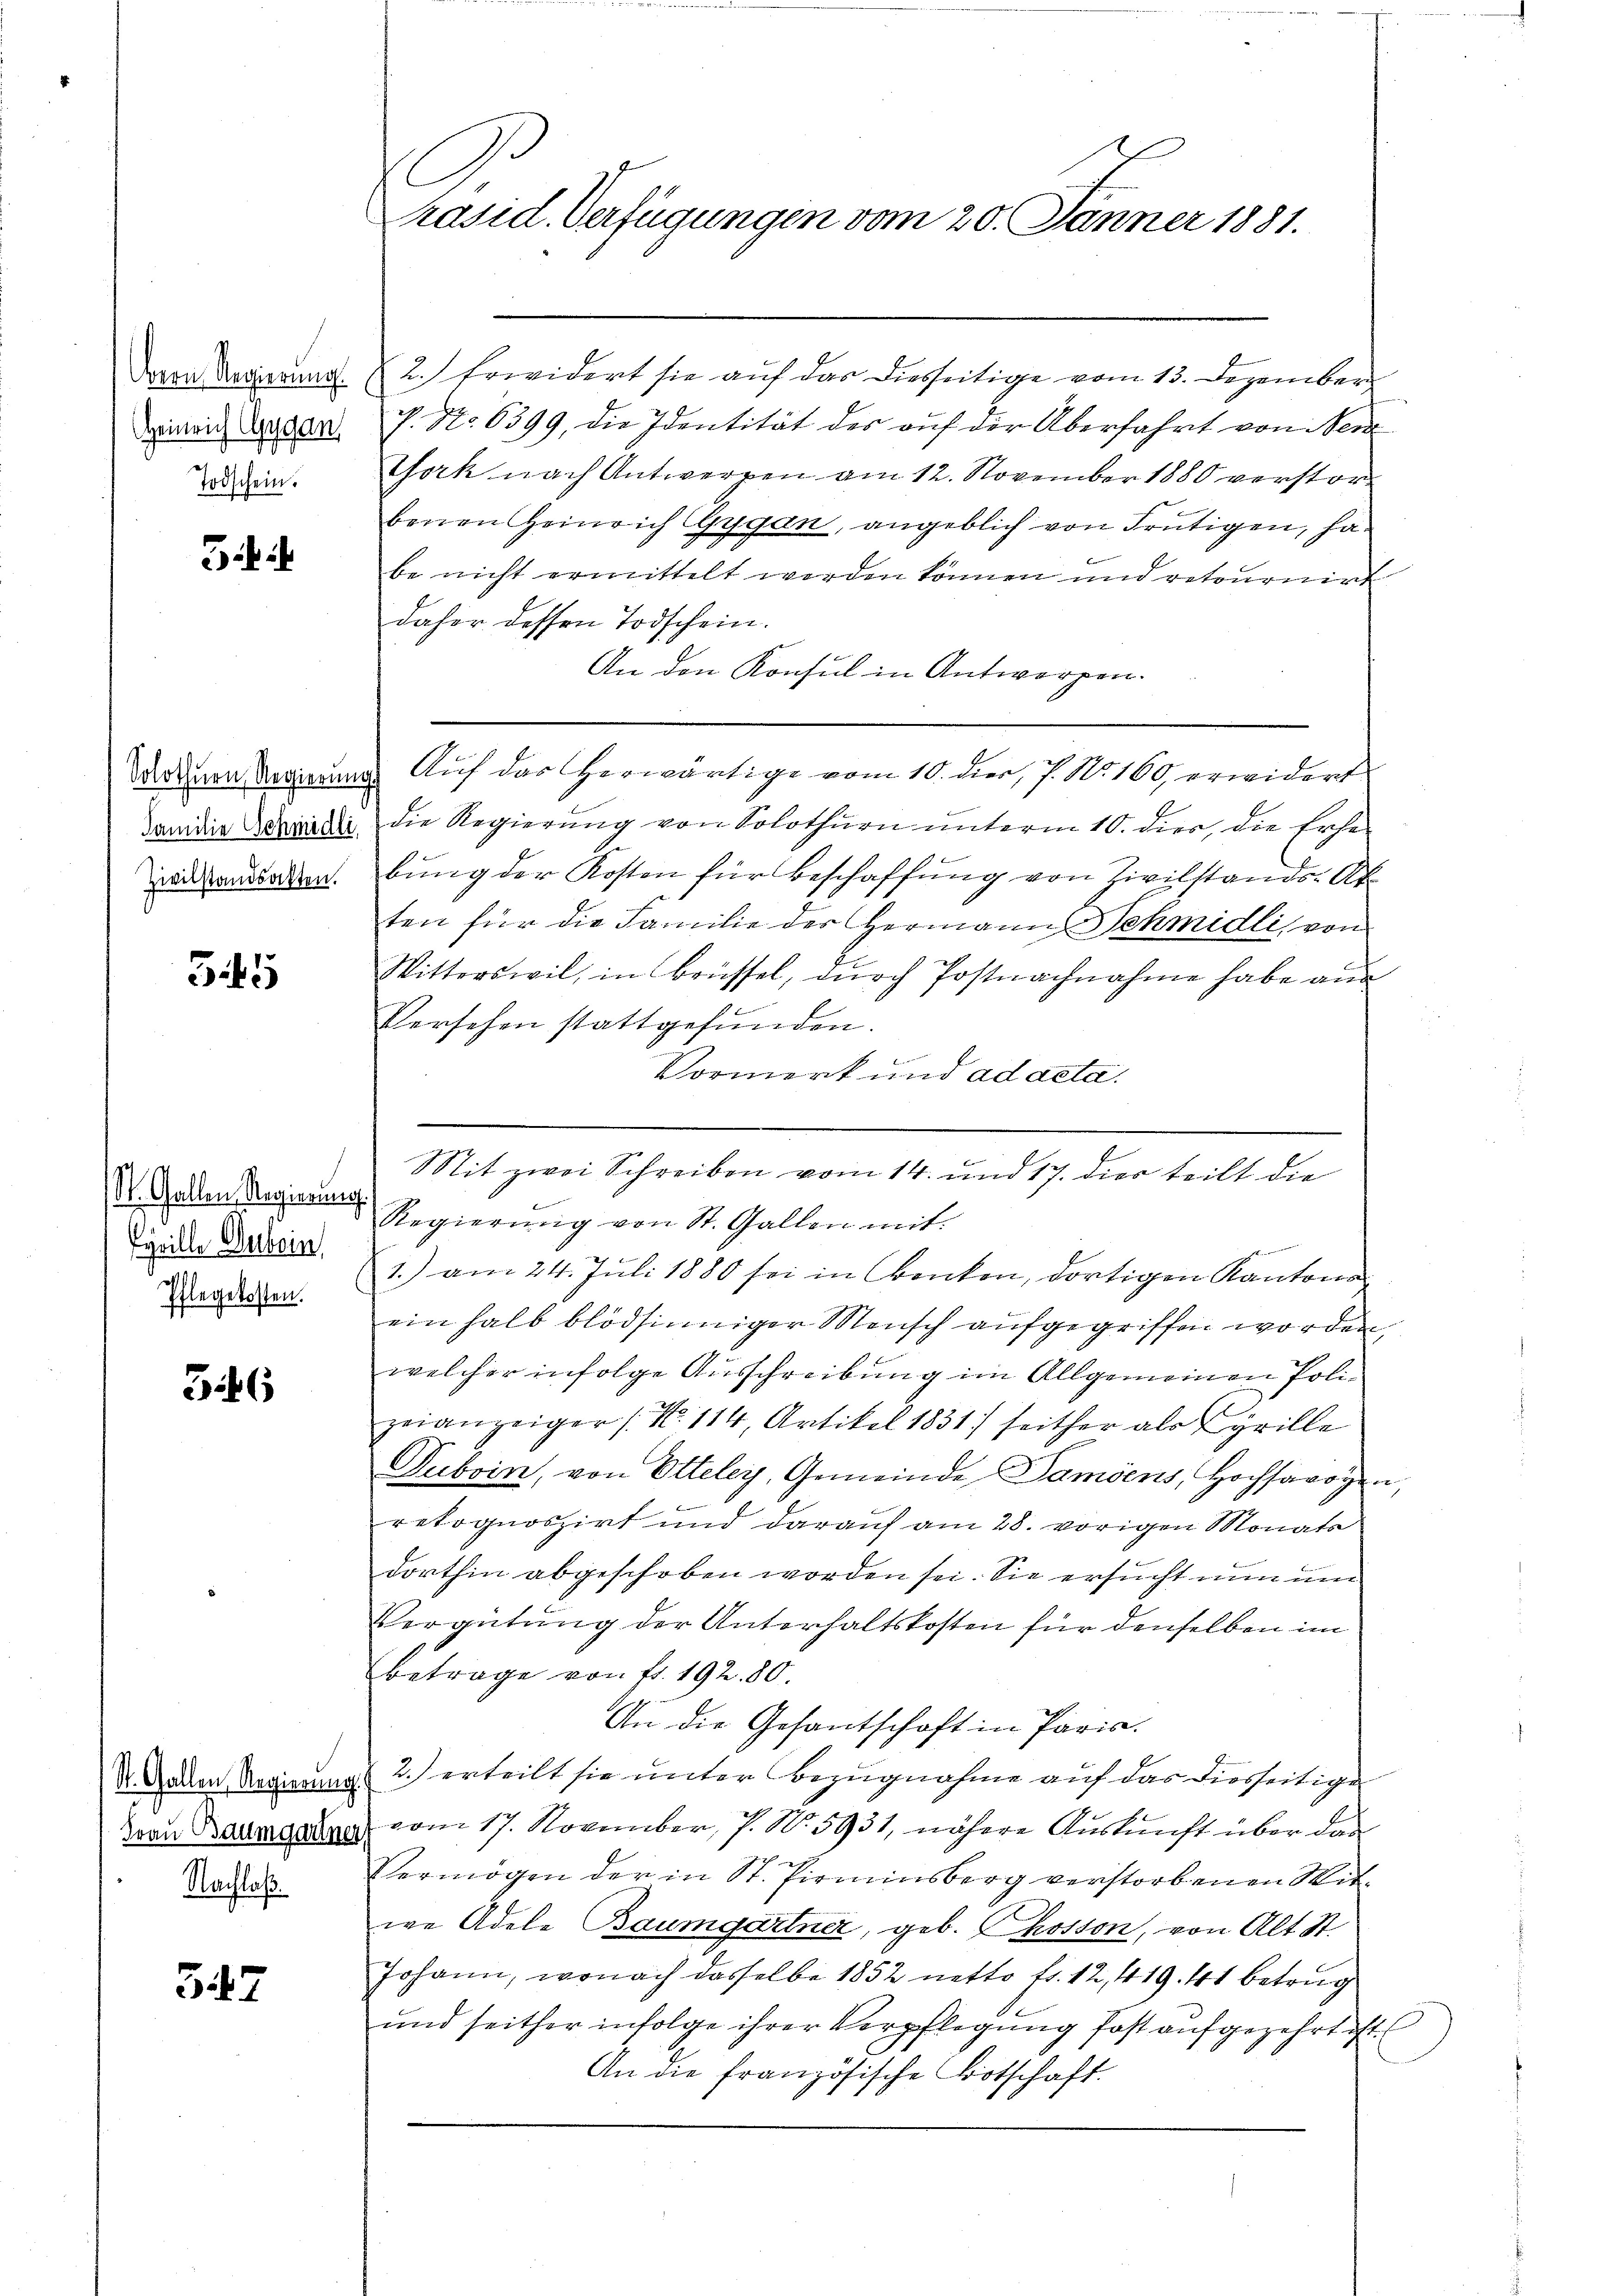
Heinrich Gygan
Todschein.

Familie Schmidli
Zivilstandsakten.

545

St. Gallen Regierung.
yeille Duboin,
Pflegekosten.

36

St. Gallen, Regierŭng.
Nachlaß.

347

1
räsid. Verfügungen vom 20. Jänner 1881.

Von Donnerung 2.) Erwidert sie auf das diesseitige vom 13. Dezember
P. No. 6399, die Identität des auf der Überfahrt von Menz
thork nach Antwerpen am 12. November 1880 verstorbenen Heinrich (Gygan, angeblich von Frutigen, ha
be nicht ermittelt werden können und retournirt
daher dessen Todschein.
An den Konsul in Antworfen.
Darinen Regierung. Auf das herwärtige vom 10. dies, 7. No. 160 erwidert
die Regierŭng von Solothurn ŭnterm 10. dies, die Erhe
bung der Kosten für Beschaffung von Zivilstands-Ak
ten für die Familie der Hermann Schmidli, von
Witterswil, in Brüssel, durch Postnachnahme habe aus
Versehen stattgefŭnden.
Vormerk und ad acta.
1.) am 24. Juli 1880 sei in Benken, dortigen Kantons
einhalb blödsinniger Mensch aufgegriffen worden,
welcher infolge Ausschreibung im Allgemeinen Polizeianzeiger (N. 114, Artikel 1831) seither als Cyrille
Duboin, von Etteley, Gemeinde Damens, Hochsavoyen,
retognoszirt und darauf am 28. vorigen Monats
dorthin abgeschoben worden sei. Sie ersucht nun um
Vergütung der Unterhaltskosten für denselben im
Betrage von fr. 192. 80.
An die Gesantschaft in Paris.
2. erteilt sie unter Bezugnahme auf das diesseitige
Drau Bau vom 17. November, 7. N. 5931, nähere Auskunft über das
Vermögen der in St. Pirminsberg verstorbenen Mitwe Adele Baumgartner, geb. Phosson, von Alt St.
Johann, wonach dasselbe 1852 netto fr. 12, 419. 41 betrug
und seither infolge ihrer Verpflegung fast aufgezehrt ist
An die französische Botschaft.

Mitzen scheiben von Kennt seien teilt die
Regierŭng von St. Gallen mit